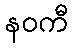
နဝကီ